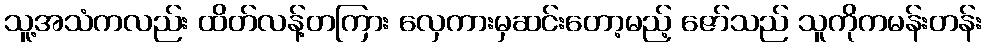
သူ့အသံကလည်း ထိတ်လန့်တကြား လှေကားမှဆင်းတော့မည့် ဇော်သည် သူကိုကမန်းတန်း